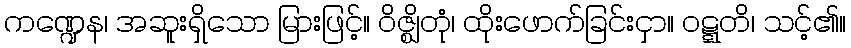
ကဏ္ဍေန၊ အဆူးရှိသော မြားဖြင့်။ ဝိဇ္ဈိတုံ၊ ထိုးဖောက်ခြင်းငှာ။ ဝဋ္ဋတိ၊ သင့်၏။